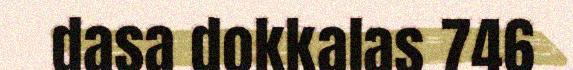
dasa dokkalas 746